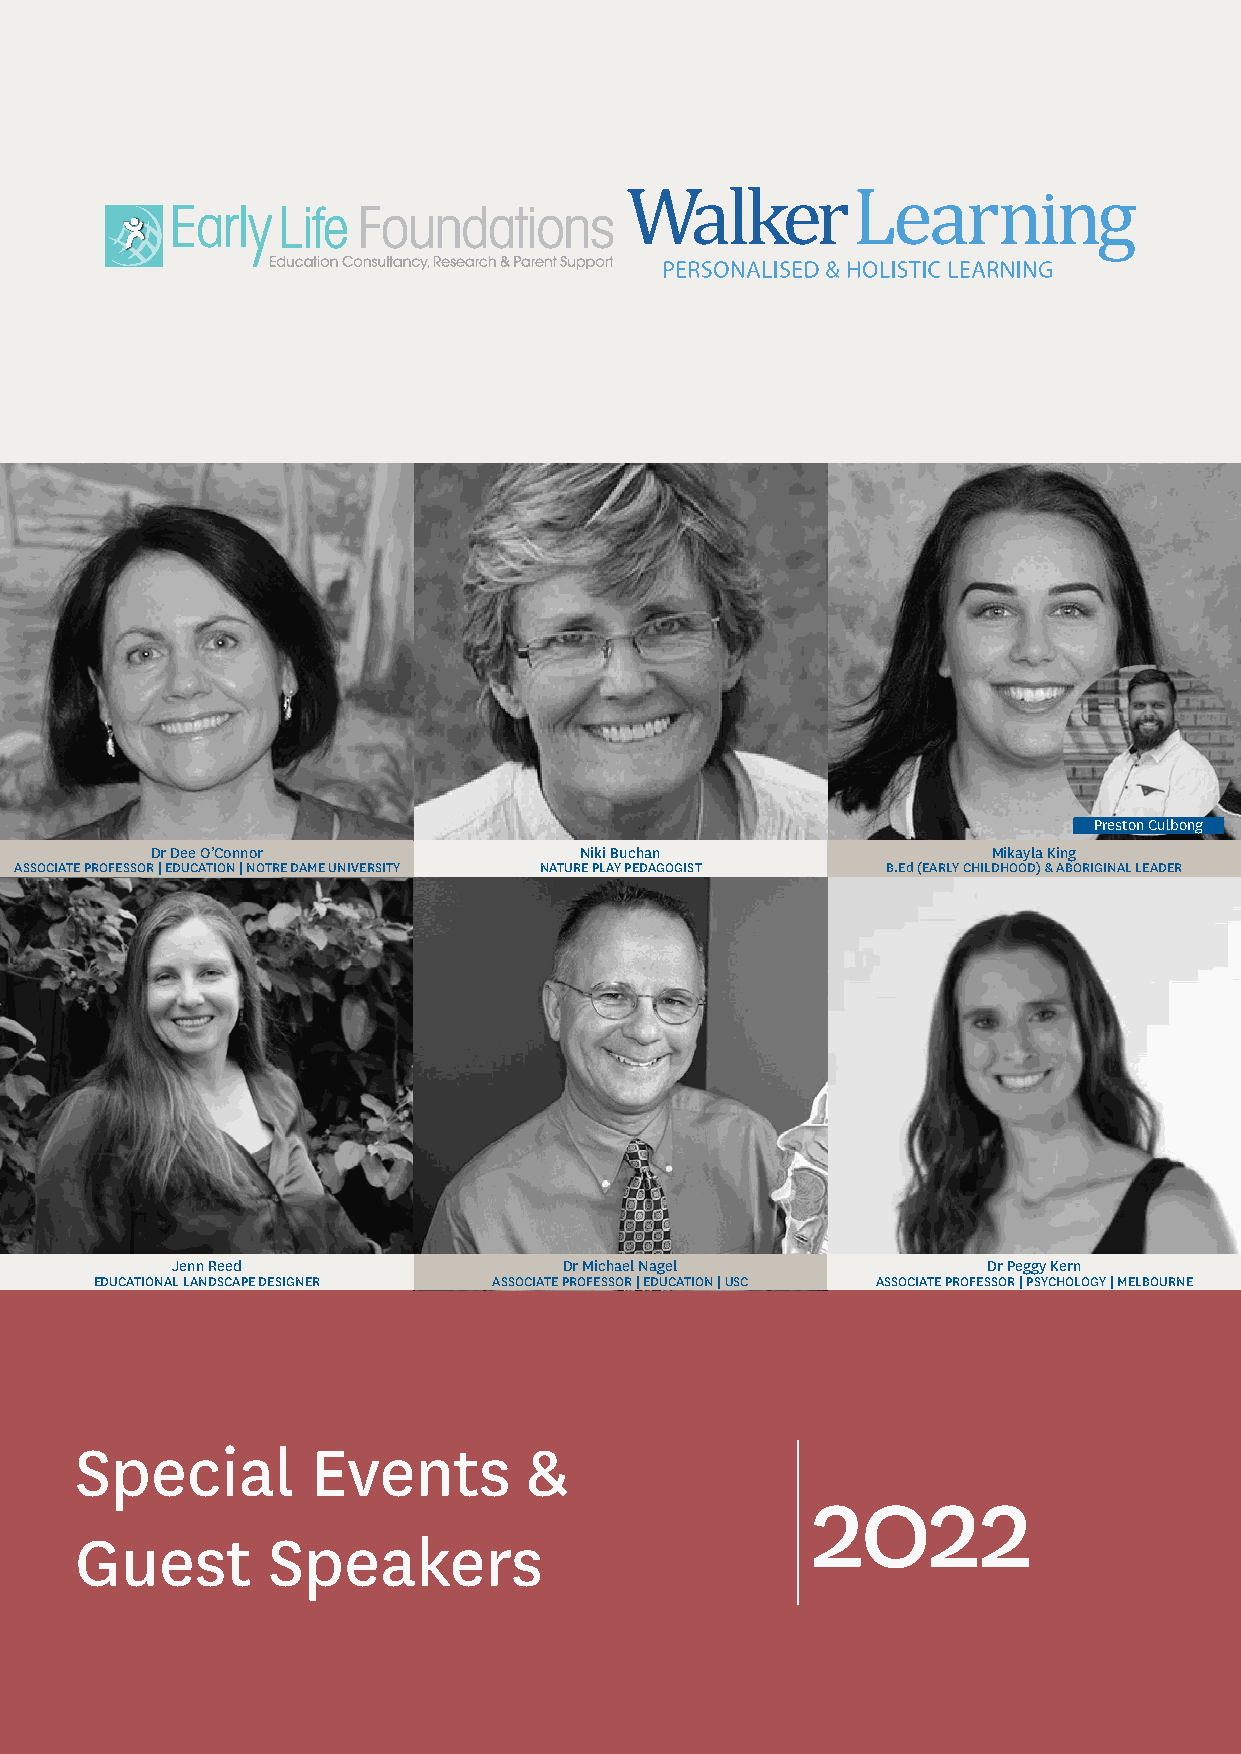
Preston Culbong
 Dr Dee O’Connor             Niki Buchan                 Mikayla King
 ASSOCIATE PROFESSOR | EDUCATION | NOTRE DAME UNIVERSITY NATURE PLAY PEDAGOGIST B.Ed (EARLY CHILDHOOD) & ABORIGINAL LEADER
 Jenn Reed                 Dr Michael Nagel            Dr Peggy Kern
 EDUCATIONAL LANDSCAPE DESIGNER ASSOCIATE PROFESSOR | EDUCATION | USC ASSOCIATE PROFESSOR | PSYCHOLOGY | MELBOURNE
 Special         Events        &
 2022
 Guest        Speakers
 Page 4